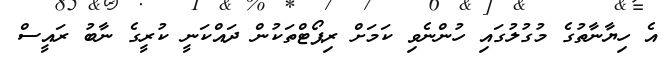
އެ ހިޔާނާތުގެ މުގުލުގައި ހުންނެވި ކަމަށް ރިޕޯޓްތަކުން ދައްކަނީ ކުރީގެ ނާބު ރައީސް